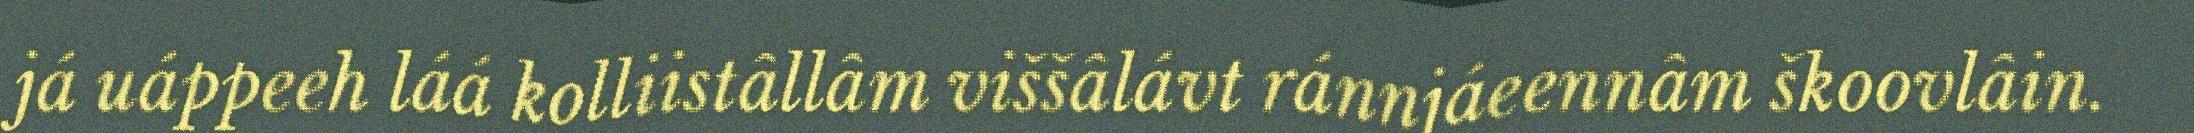
já uáppeeh láá kolliistâllâm viššâlávt ránnjáeennâm škoovlâin.